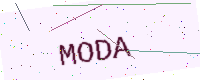
Text: MODA